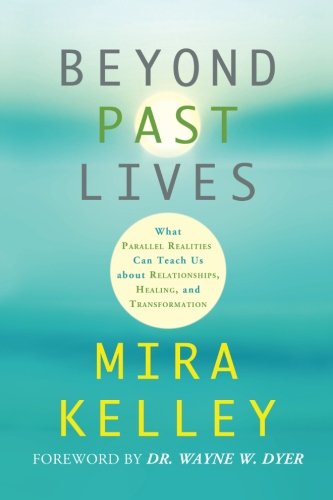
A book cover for Beyond Past Lives: What Parallel Realities Can Teach Us about Relationships, Healing, and Transformation; Mira Kelley; Religion & Spirituality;